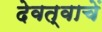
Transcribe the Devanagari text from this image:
देवत्वाचें